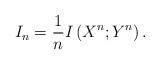
LaTeX: \begin{align*}I_n= \frac{1}{n} I \left( X^n; Y^n \right).\end{align*}